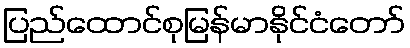
ပြည်ထောင်စုမြန်မာနိုင်ငံတော်